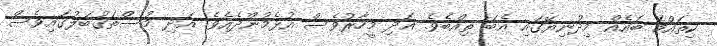
ކިތައްމެ ބައެއް މިދުނިޔޭގައި އެބަ ތިއްބެވެ. އަދި މީހާރުވެސް އުޅެމުންދެއެވެ. އަދި މުސްތަޤުބަލުގައިވެސް